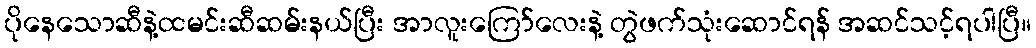
ပိုနေသောဆီနဲ့ထမင်းဆီဆမ်းနယ်ပြီး အာလူးကြော်လေးနဲ့ တွဲဖက်သုံးဆောင်ရန် အဆင်သင့်ရပါပြီ။